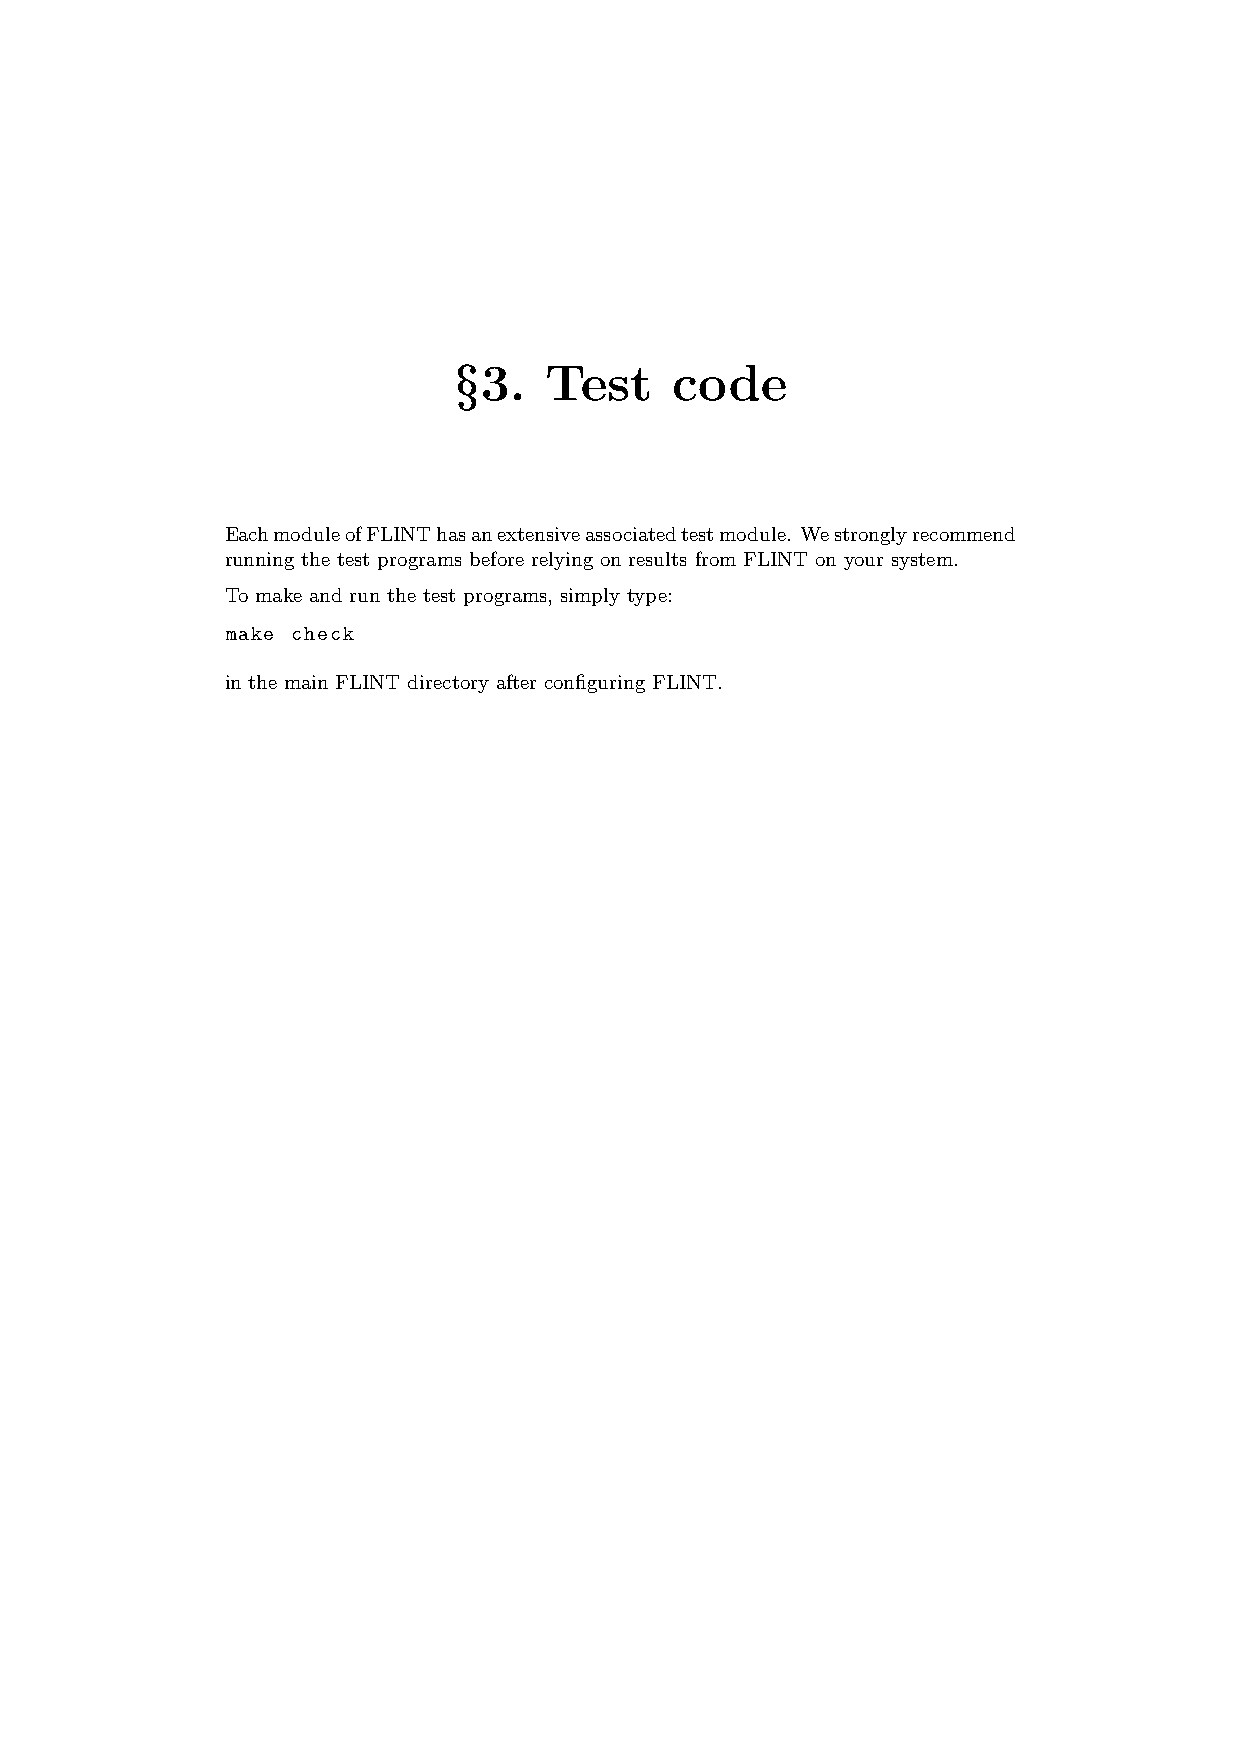
§3.   Test    code
 EachmoduleofFLINThasanextensiveassociatedtestmodule. Westronglyrecommend
 running the test programs before relying on results from FLINT on your system.
 To make and run the test programs, simply type:
 make check
 in the main FLINT directory after configuring FLINT.